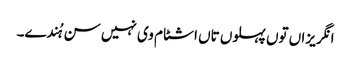
انگریزاں توں پہلوں تاں اشٹام وی نہیں سن ہُندے۔